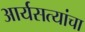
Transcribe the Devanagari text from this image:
आर्यसत्यांचा